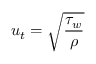
u _ { t } = \sqrt { \frac { \tau _ { w } } { \rho } }